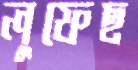
লুফেছ